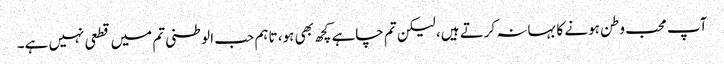
آپ محب وطن ہونے کا بہانہ کرتے ہیں، لیکن تم چاہے کچھ بھی ہو، تاہم حب الوطنی تم میں قطعی نہیں ہے۔